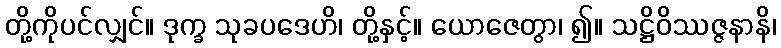
တို့ကိုပင်လျှင်။ ဒုက္ခ သုခပဒေဟိ၊ တို့နှင့်။ ယောဇေတွာ၊ ၍။ သဋ္ဌိဝိဿဇ္ဇနာနိ၊